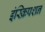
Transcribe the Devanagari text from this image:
इंस्क्रिपशन